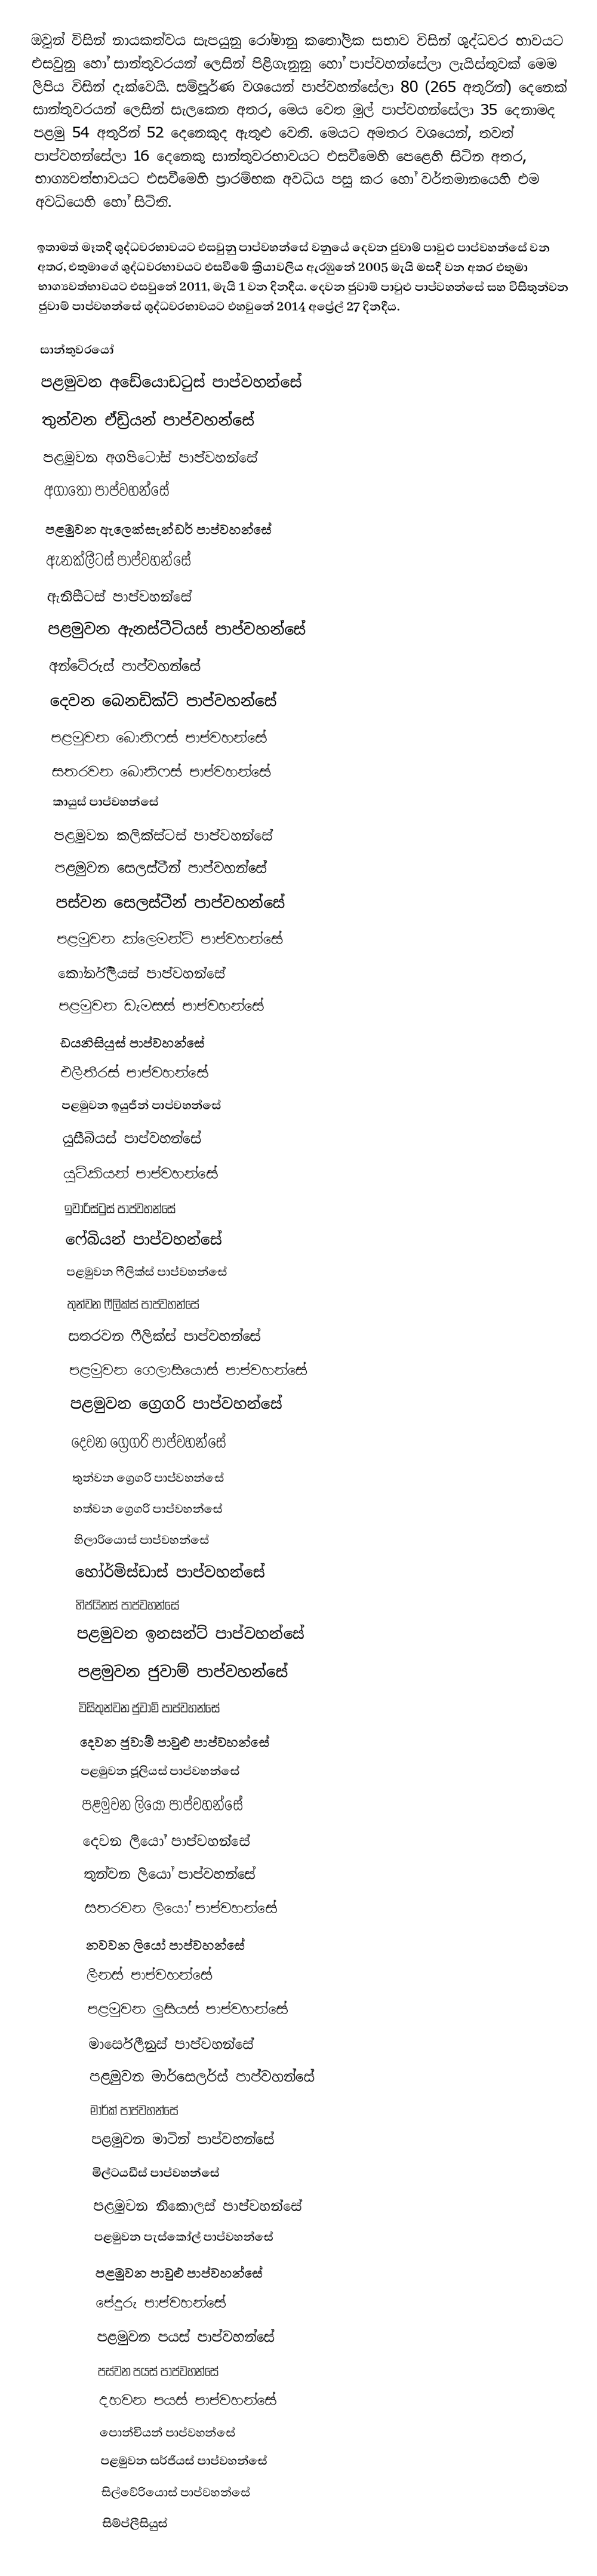
ඔවුන් විසින් නායකත්වය සැපයුනු රෝමානු කතෝලික සභාව විසින්  ශුද්ධවර භාවයට එසවුනු හෝ සාන්තුවරයන් ලෙසින්  පිළිගැනුනු හෝ පාප්වහන්සේලා ලැයිස්තුවක් මෙම ලිපිය විසින් දැක්වෙයි.  සම්පූර්ණ වශයෙන් පාප්වහන්සේලා 80 (265 අතුරින්) දෙනෙක් සාන්තුවරයන් ලෙසින් සැලකෙන අතර, මෙය වෙත මුල් පාප්වහන්සේලා 35 දෙනාමද  පළමු 54 අතුරින් 52 දෙනෙකුද ඇතුළු වෙති. මෙයට අමතර වශයෙන්, තවත් පාප්වහන්සේලා 16 දෙනෙකු සාන්තුවරභාවයට එසවීමෙහි පෙළෙහි සිටින අතර, භාග්‍යවත්භාවයට එසවීමෙහි ප්‍රාරම්භක අවධිය පසු කර හෝ වර්තමානයෙහි එම අවධියෙහි හෝ සිටිති.

ඉතාමත් මෑතදී ශුද්ධවරභාවයට එසවුනු පාප්වහන්සේ වනුයේ  දෙවන ජුවාම් පාවුළු පාප්වහන්සේ වන අතර, එතුමාගේ ශුද්ධවරභාවයට එසවීමේ ක්‍රියාවලිය ඇරඹුනේ 2005 මැයි මසදී වන අතර එතුමා භාග්‍යවත්භාවයට එසවුනේ 2011, මැයි 1 වන දිනදීය. දෙවන ජුවාම් පාවුළු පාප්වහන්සේ සහ විසිතුන්වන ජුවාම් පාප්වහන්සේ ශුද්ධවරභාවයට එහවුනේ 2014 අප්‍රේල් 27 දිනදීය.

සාන්තුවරයෝ
පළමුවන  අඩේයොඩටුස් පාප්වහන්සේ
තුන්වන ඒඩ්‍රියන් පාප්වහන්සේ
පළමුවන අගපිටෝස් පාප්වහන්සේ
අගාතෝ පාප්වහන්සේ
පළමුවන ඇලෙක්සැන්ඩර් පාප්වහන්සේ
ඇනක්ලීටස් පාප්වහන්සේ
ඇනිසීටස් පාප්වහන්සේ
පළමුවන ඇනස්ටීටියස් පාප්වහන්සේ
අන්ටේරුස් පාප්වහන්සේ
දෙවන බෙනඩික්ට් පාප්වහන්සේ
පළමුවන බොනිෆස් පාප්වහන්සේ
සතරවන බොනිෆස් පාප්වහන්සේ
කායුස් පාප්වහන්සේ
පළමුවන කලික්ස්ටස් පාප්වහන්සේ
පළමුවන සෙලස්ටීන් පාප්වහන්සේ
පස්වන සෙලස්ටීන් පාප්වහන්සේ
පළමුවන ක්ලෙමන්ට් පාප්වහන්සේ
කෝර්නීලියස් පාප්වහන්සේ
පළමුවන ඩැමසස් පාප්වහන්සේ
ඩයනිසියුස් පාප්වහන්සේ
එලීතීරස් පාප්වහන්සේ
පළමුවන ඉයුජීන් පාප්වහන්සේ
යුසීබියස් පාප්වහන්සේ
යුටිකියන් පාප්වහන්සේ
ඉවාරිස්ටුස් පාප්වහන්සේ
ෆේබියන් පාප්වහන්සේ
පළමුවන ෆීලික්ස් පාප්වහන්සේ
තුන්වන ෆීලික්ස් පාප්වහන්සේ
සතරවන ෆීලික්ස් පාප්වහන්සේ
පළමුවන ගෙලාසියොස් පාප්වහන්සේ
පළමුවන ග්‍රෙගරි පාප්වහන්සේ
දෙවන ග්‍රෙගරි පාප්වහන්සේ
තුන්වන ග්‍රෙගරි පාප්වහන්සේ
හත්වන ග්‍රෙගරි පාප්වහන්සේ
හිලාරියොස් පාප්වහන්සේ
හෝර්මිස්ඩාස් පාප්වහන්සේ
හිජයිනස් පාප්වහන්සේ
පළමුවන ඉනසන්ට් පාප්වහන්සේ
පළමුවන ජුවාම් පාප්වහන්සේ
විසිතුන්වන ජුවාම් පාප්වහන්සේ
දෙවන ජුවාම් පාවුළු පාප්වහන්සේ
පළමුවන ජූලියස් පාප්වහන්සේ
පළමුවන ලියෝ පාප්වහන්සේ
දෙවන ලියෝ පාප්වහන්සේ
තුන්වන ලියෝ පාප්වහන්සේ
සතරවන ලියෝ පාප්වහන්සේ
නවවන ලියෝ පාප්වහන්සේ
ලීනස් පාප්වහන්සේ
පළමුවන ලුසියස් පාප්වහන්සේ
මාර්සෙලීනුස් පාප්වහන්සේ
පළමුවන මාර්සෙලර්ස් පාප්වහන්සේ
මාර්ක් පාප්වහන්සේ
පළමුවන මාටින් පාප්වහන්සේ
මිල්ටයඩීස් පාප්වහන්සේ
පළමුවන නිකොලස් පාප්වහන්සේ
පළමුවන පැස්කෝල් පාප්වහන්සේ
පළමුවන පාවුළු පාප්වහන්සේ
පේදුරු පාප්වහන්සේ
පළමුවන පයස් පාප්වහන්සේ
පස්වන පයස් පාප්වහන්සේ
දහවන පයස් පාප්වහන්සේ
පොන්චියන් පාප්වහන්සේ
පළමුවන සර්ජියස් පාප්වහන්සේ
සිල්වේරියොස් පාප්වහන්සේ
සිම්ප්ලීසියුස්